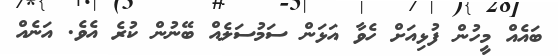
ބައެއް މީހުން ފުޅިއަށް ހެވާ އަޅަން ސަމުސަލެއް ބޭނުން ކުރެ އެވެ. އަނެއް